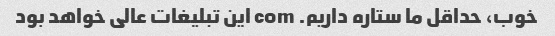
خوب، حداقل ما ستاره داریم. com این تبلیغات عالی خواهد بود